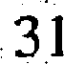
31